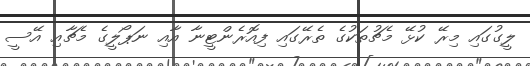
ލީގުގައި މިރޭ ކުޅޭ މެޗުތަކުގެ ތެރޭގައި ފިއޮރެންޓީނާ އާއި ނަޕޯލީގެ މެޗާއި އޭސީ